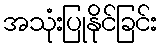
အသုံးပြုနိုင်ခြင်း